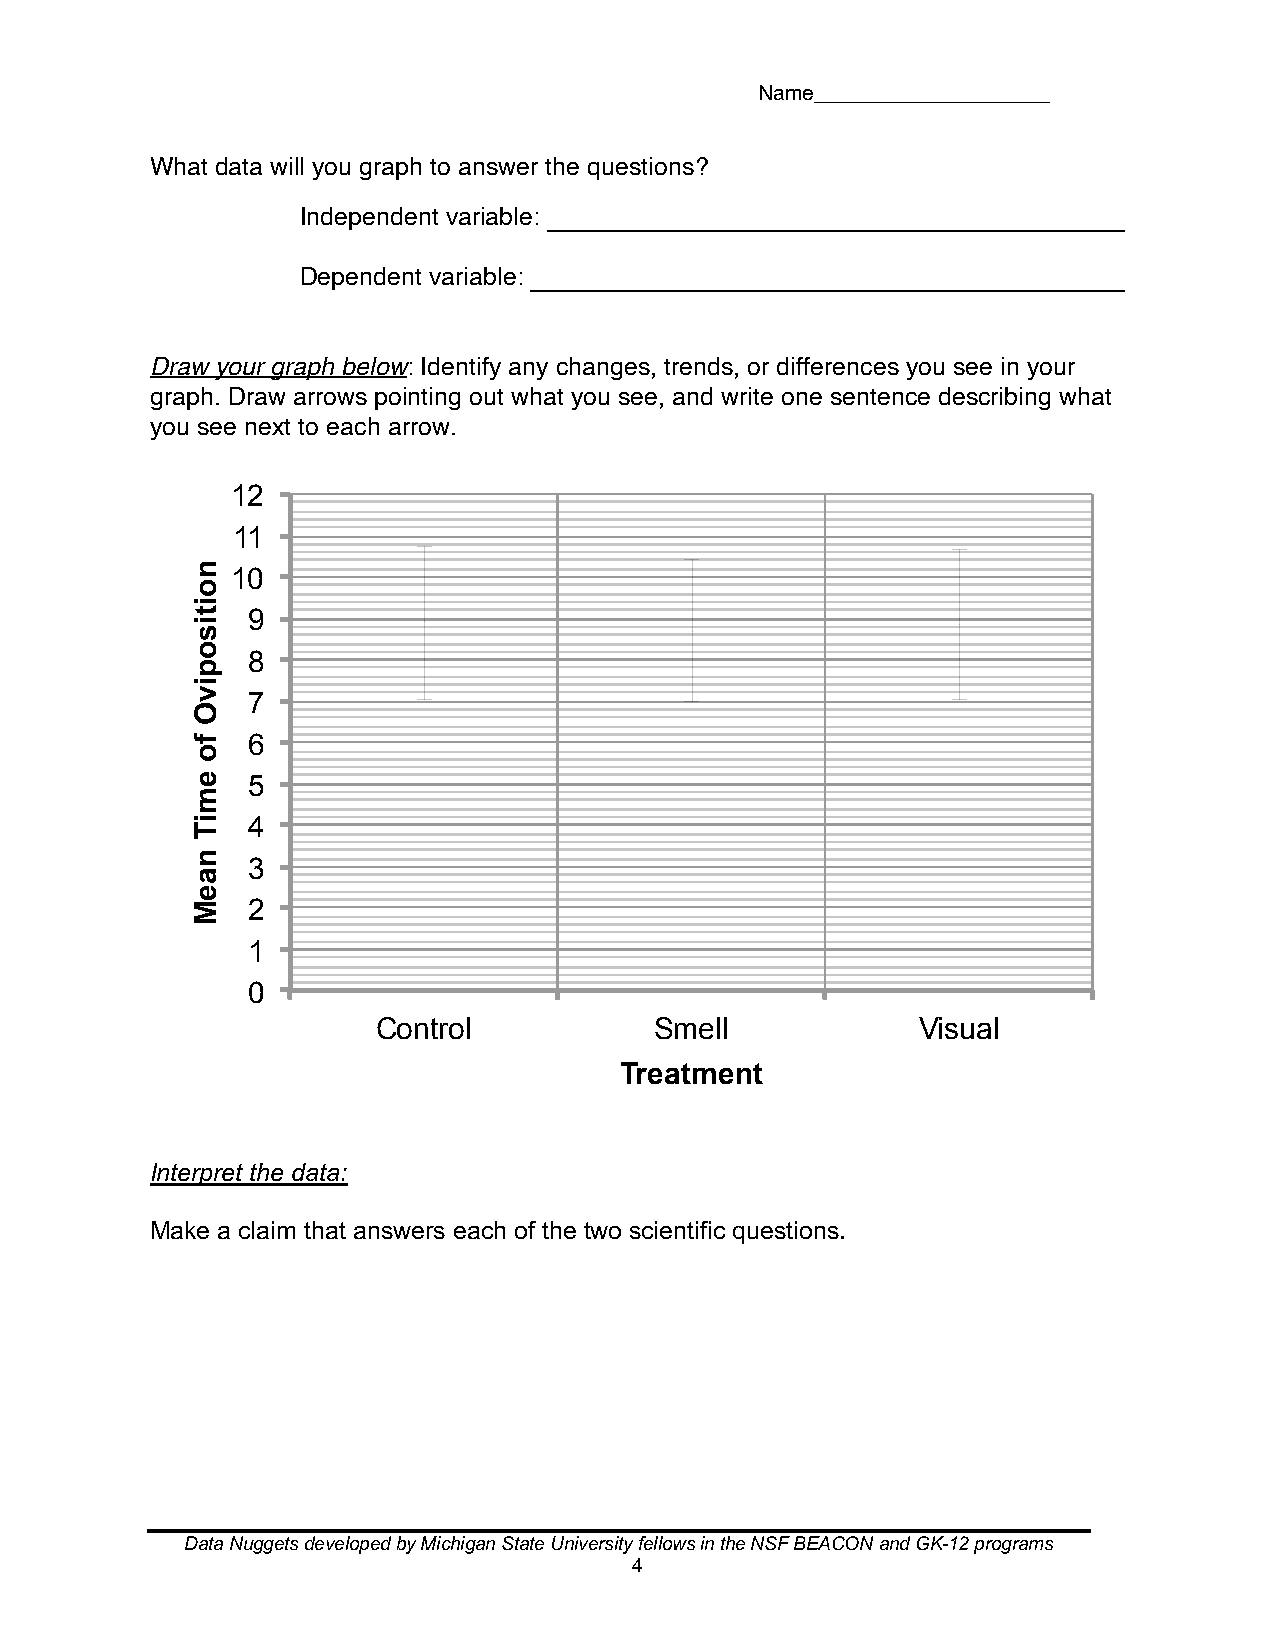
Name_________________
 What data will you graph to answer the questions?
 Independent variable:
 Dependent variable:
 Draw your graph below: Identify any changes, trends, or differences you see in your
 graph. Draw arrows pointing out what you see, and write one sentence describing what
 you see next to each arrow.
 12
 11
 10
 9
 8
 7
 6
 5
 4
 3
 2
 1
 0
 Control           Smell             Visual
 Treatment
 Interpret the data:
 Make a claim that answers each of the two scientific questions.
 Data Nuggets developed by Michigan State University fellows in the NSF BEACON and GK-12 programs
 4
 noitisopivO
 fo
 emiT
 naeM